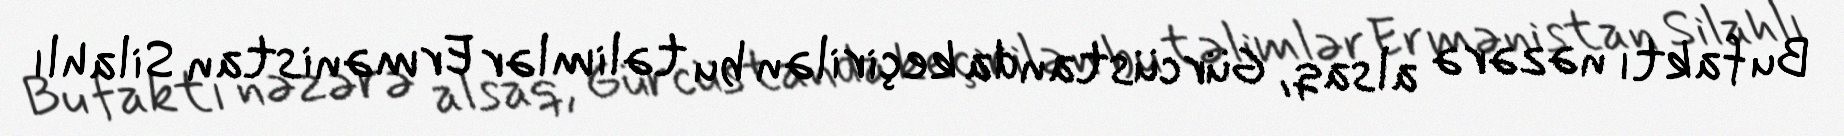
Bu faktı nəzərə alsaq, Gürcüstanda keçirilən bu təlimlər Ermənistan Silahlı